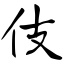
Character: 伎